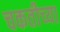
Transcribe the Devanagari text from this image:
चकतीच्या